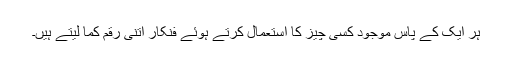
ہر ایک کے پاس موجود کسی چیز کا استعمال کرتے ہوئے فنکار اتنی رقم کما لیتے ہیں۔